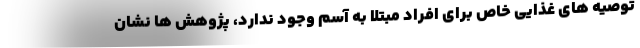
توصیه های غذایی خاص برای افراد مبتلا به آسم وجود ندارد، پژوهش ها نشان